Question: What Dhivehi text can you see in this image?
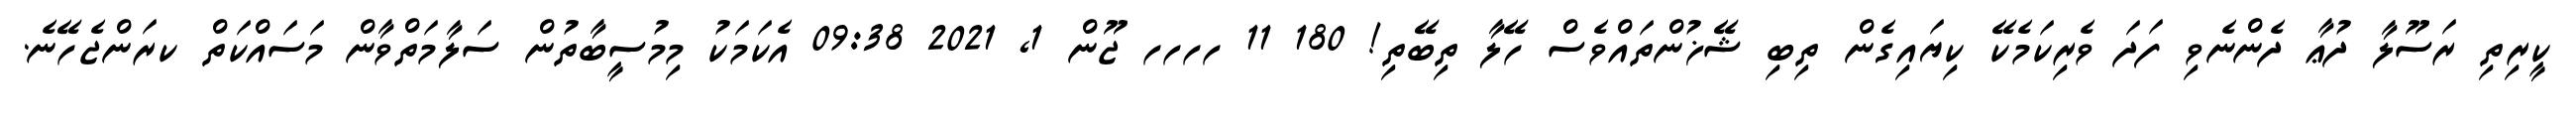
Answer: ކީރިތި ރަސޫލާ ދުޢާ ދެންނެވި ފަދަ ވެރިކަމެކޭ ކިޔައިގެން ތިބި ޝޭޚުންތައްވެސް ހޭލާ ތިބޭތި! 180 11 ހހހހ ޖޫން 1, 2021 09:38 އެކަމަކު މިމުސީބާތުން ސަލާމަތްވާން މަސައްކަތް ކރަންޖެހޭނެ.